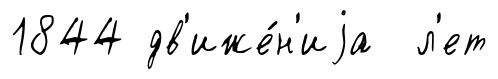
1844 дв'иже́н'иjа л'ет